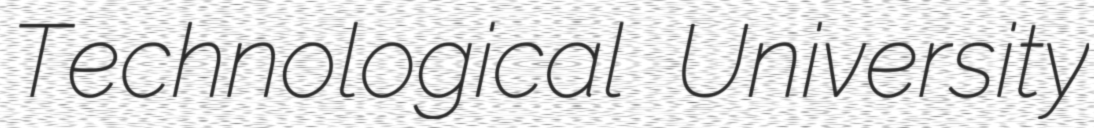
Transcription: Technological University